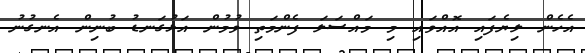
އެހެން ލިޔެފައި އޮއްވައި މި މައްސަލަ ފެންމަތި ވުމުން އަޅުގަނޑު ބުނިން އެނގުނު